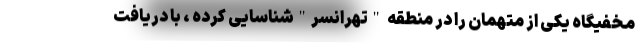
مخفیگاه یکی از متهمان را در منطقه "تهرانسر"شناسایی کرده ، با دریافت